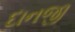
દાનજી